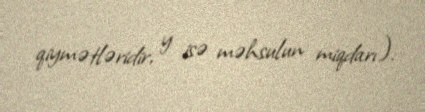
qiymətləridir, y isə məhsulun miqdarı).